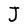
Character: J